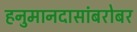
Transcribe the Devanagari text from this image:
हनुमानदासांबरोबर